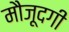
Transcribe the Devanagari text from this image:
मौज़ूदगी